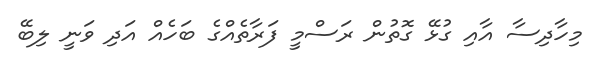
މިހާދިސާ އާއި ގުޅޭ ގޮތުން ރަސްމީ ފަރާތެއްގެ ބަހެއް އަދި ވަނީ ލިބޭ